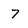
Character: 7